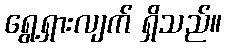
ရွေ့ရှားလျက် ရှိသည်။